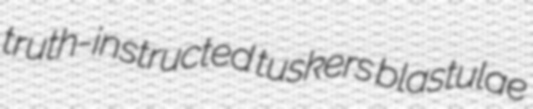
truth-instructed tuskers blastulae